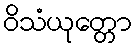
ဝိသံယုတ္တော